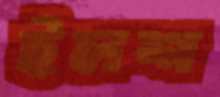
ইলশ